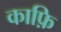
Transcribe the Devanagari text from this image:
काफ़ि